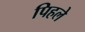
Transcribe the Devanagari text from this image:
पिहले